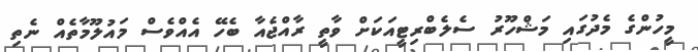
މީހުންގެ މެދުގައި މަޝްހޫރު ސެލެބްރިޓީއަކަށް ވާތީ ރާއްޖެއާ ބެހޭ އެއްވެސް މައުލޫމާތެއް ނެތި